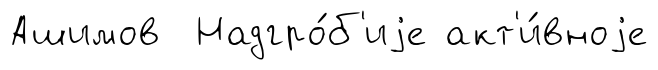
Ашимов Надгро́б'иjе акт'и́вноjе